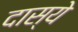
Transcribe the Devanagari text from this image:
दास्ये